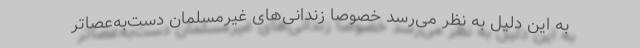
به این دلیل به نظر می‌رسد خصوصا زندانی‌های غیرمسلمان دست‌به‌عصا‌تر